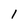
Character: 1